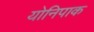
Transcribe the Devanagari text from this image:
योनिपाक